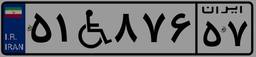
۵۷W۶۸۱۴۴